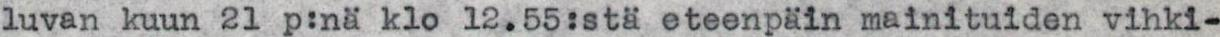
luvan kuun 21 p:nä klo 12.55:stä eteenpäin mainituiden vihki-